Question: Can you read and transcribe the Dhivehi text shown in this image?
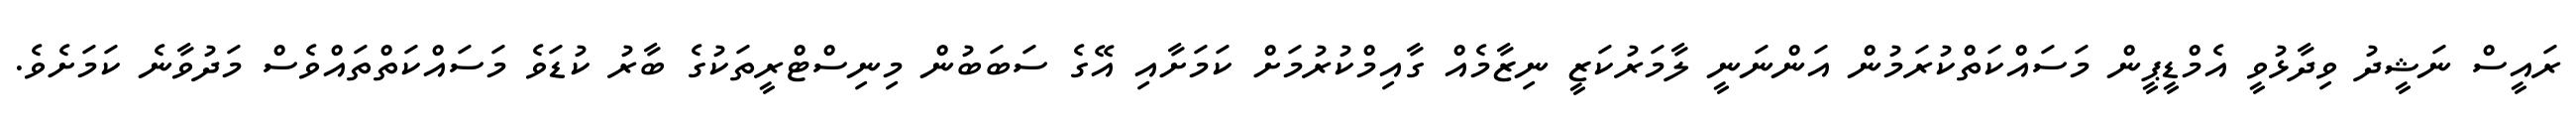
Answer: ރައީސް ނަޝީދު ވިދާޅުވީ އެމްޑީޕީން މަސައްކަތްކުރަމުން އަންނަނީ ލާމަރުކަޒީ ނިޒާމެއް ގާއިމްކުރުމަށް ކަމަށާއި އޭގެ ސަބަބުން މިނިސްޓްރީތަކުގެ ބާރު ކުޑަވެ މަސައްކަތްތައްވެސް މަދުވާނެ ކަމަށެވެ.